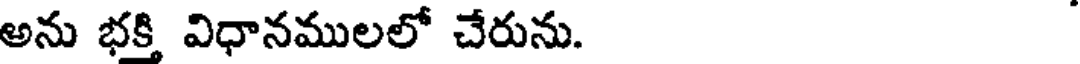
అను భక్తి విధానములలో చేరును.